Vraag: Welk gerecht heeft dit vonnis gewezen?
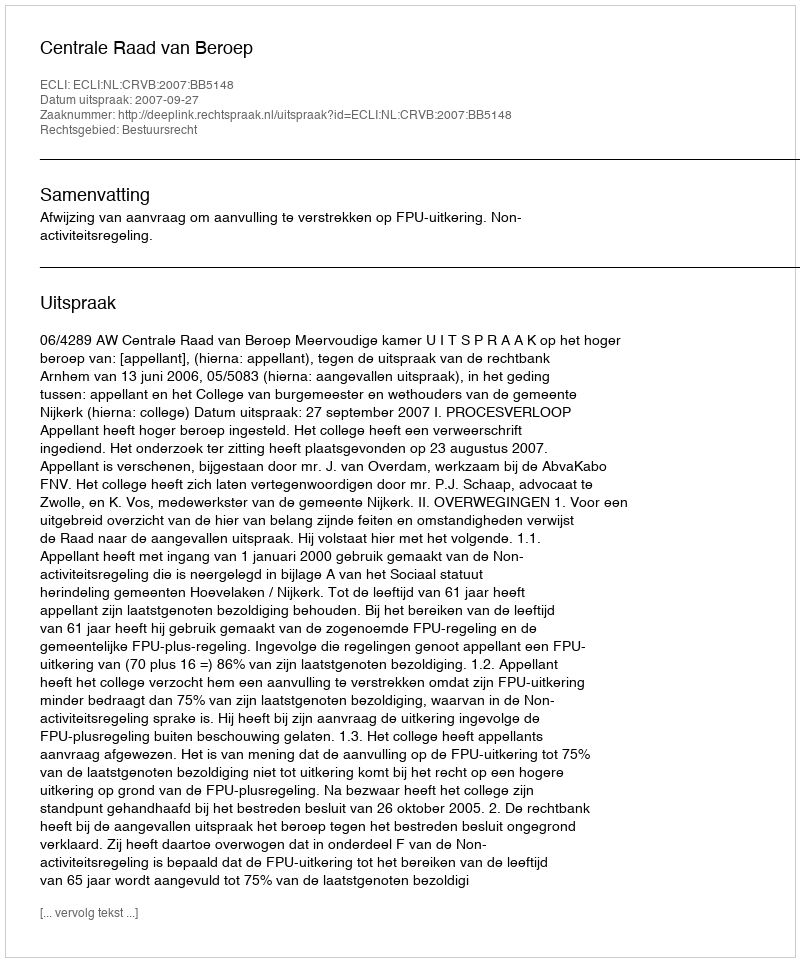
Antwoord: Centrale Raad van Beroep